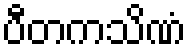
ပီတကသိဏံ